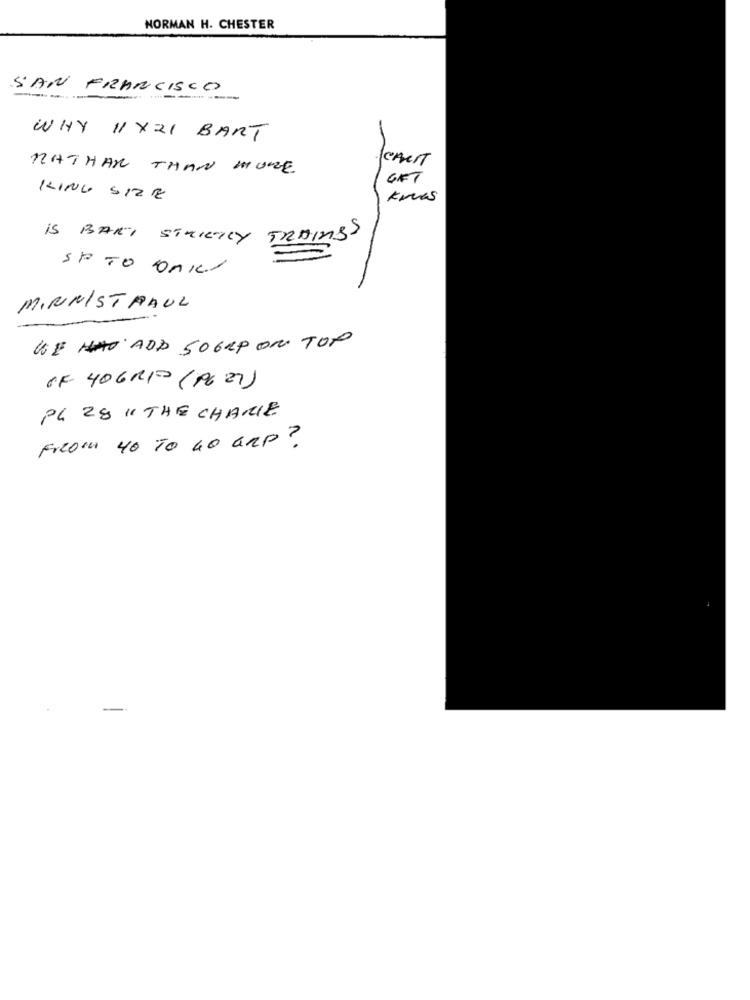
NORMAN H. CHESTER
SAN FRANCISCO
-
WHY 11X21 BART
NATHAN THAN MORE
GIFT
KING SIZE
kres
IS BAKT STRICTLY TRAINGS
SP TO DAILY
MIRINISTPAUL
WE HAD ADD 50GRP ON TOP
OF 40GR10 (196 27)
PL 28 " THE CHARLE
FrRom 40 TO 40 GRP ?